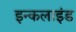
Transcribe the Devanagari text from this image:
इन्कलाइंड